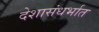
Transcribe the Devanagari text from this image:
देशासंधर्भात